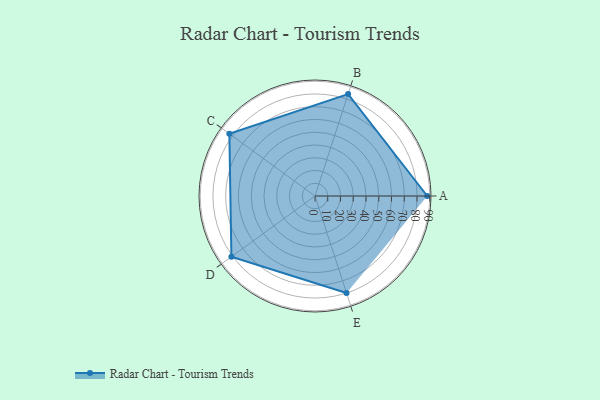
{"axis": {"x": "Skill", "y": "Score"}, "legend": ["Profile"], "data": [{"x": "A", "y": 88.0, "type": "Profile"}, {"x": "B", "y": 84.0, "type": "Profile"}, {"x": "C", "y": 83.0, "type": "Profile"}, {"x": "D", "y": 81.0, "type": "Profile"}, {"x": "E", "y": 80.0, "type": "Profile"}]}